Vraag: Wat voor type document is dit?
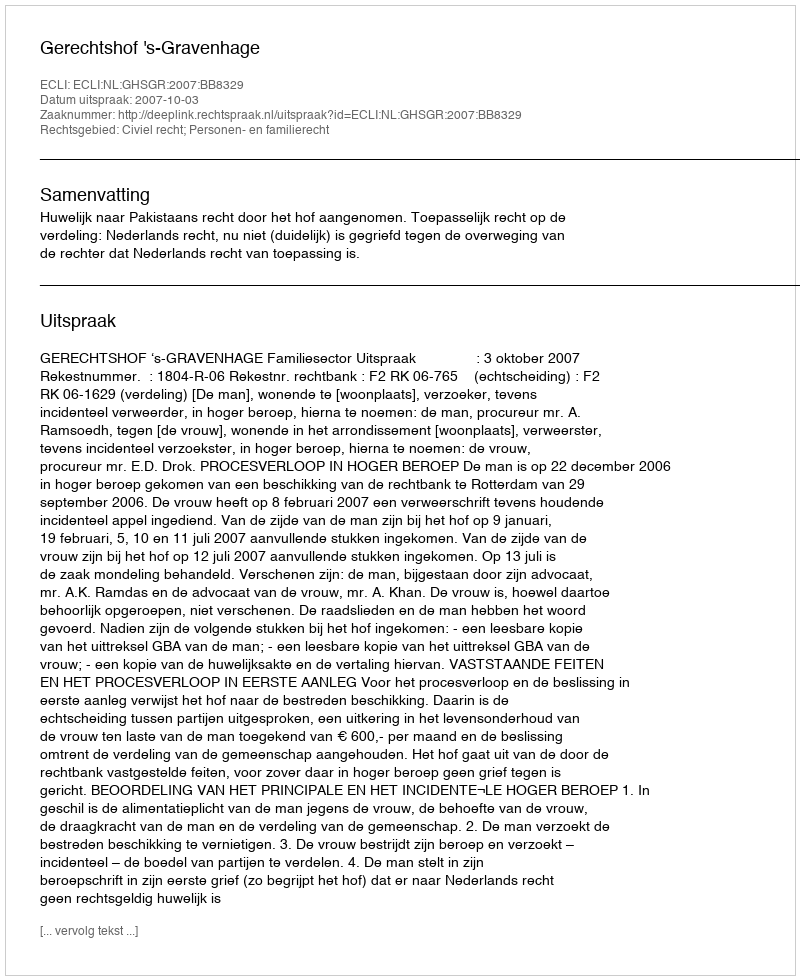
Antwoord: Uitspraak